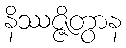
နိဿဇ္ဇိတွာန